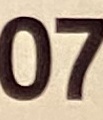
07